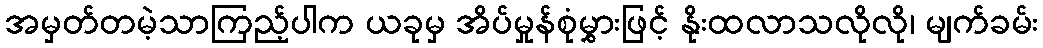
အမှတ်တမဲ့သာကြည့်ပါက ယခုမှ အိပ်မှုန်စုံမွှားဖြင့် နိုးထလာသလိုလို၊ မျက်ခမ်း